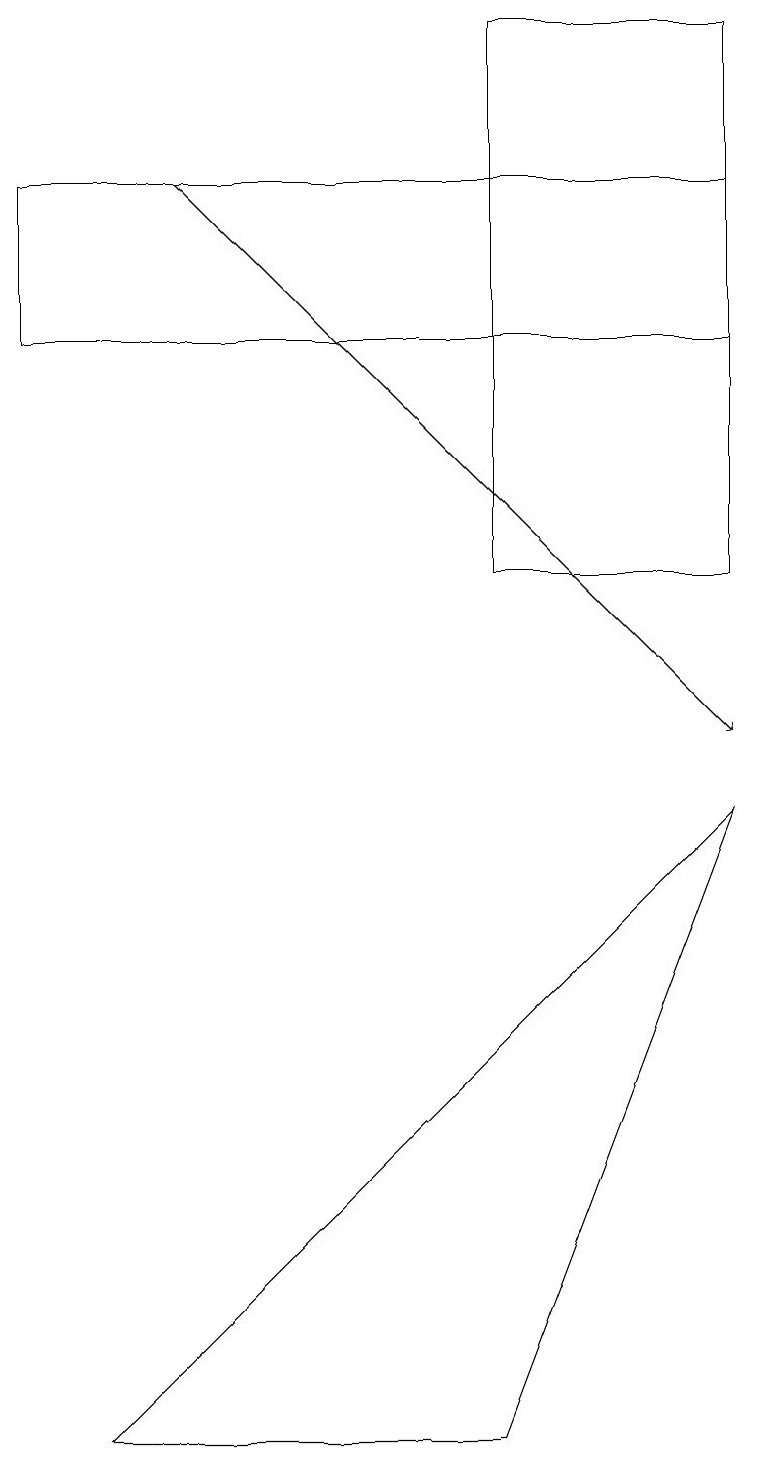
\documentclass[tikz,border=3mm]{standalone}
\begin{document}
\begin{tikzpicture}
\draw (9,17) rectangle (0,15);
\draw (9,19) rectangle (6,12);
\draw[->] (2,17) -- (9,10);
\draw (1,1) -- (6,1) -- (9,9) -- cycle;
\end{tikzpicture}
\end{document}